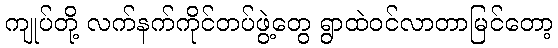
ကျုပ်တို့ လက်နက်ကိုင်တပ်ဖွဲ့တွေ ရွာထဲဝင်လာတာမြင်တော့